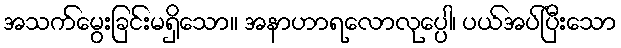
အသက်မွေးခြင်းမရှိသော။ အနာဟာရလောလုပ္ပေါ၊ ပယ်အပ်ပြီးသော